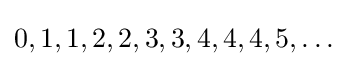
0,1,1,2,2,3,3,4,4,4,5,\ldots